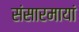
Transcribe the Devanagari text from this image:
संसारमायां